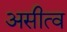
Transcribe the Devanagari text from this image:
असीत्व